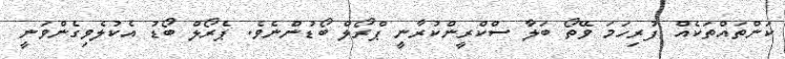
ކަންތައްތަކެއް ފުރިހަމަ ވޭތޯ ބަލާ ސްކްރީންކުރާނީ ޕްރޯލް ބޯޑުންނެވެ. ޕެރޯލް ބޯޑު އެކުލެވިގެންވަނީ